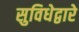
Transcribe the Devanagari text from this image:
सुविधेद्वारे